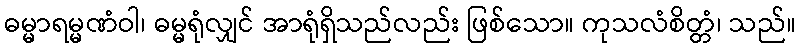
ဓမ္မာရမ္မဏံဝါ၊ ဓမ္မရုံလျှင် အာရုံရှိသည်လည်း ဖြစ်သော။ ကုသလံစိတ္တံ၊ သည်။